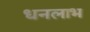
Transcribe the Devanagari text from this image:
धनलाभ